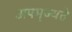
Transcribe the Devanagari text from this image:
अपमृज्यते